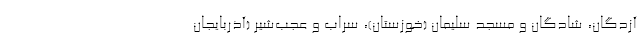
آزدگان، شادگان و مسجد سلیمان (خوزستان)، سراب و عجب‌شیر (آذربایجان